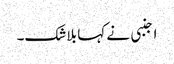
اجنبی نے کہا بلاشک۔